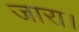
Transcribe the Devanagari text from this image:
जारा।